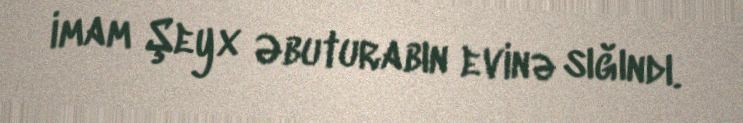
imam Şeyx Əbuturabın evinə sığındı.